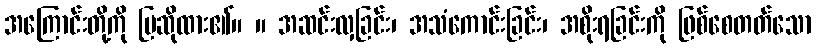
အကြောင်းတို့ကို ပြဆိုထား၏။ ။ အဆင်းလှခြင်း၊ အသံကောင်းခြင်း၊ အစိုးရခြင်းကို ဖြစ်စေတတ်သော